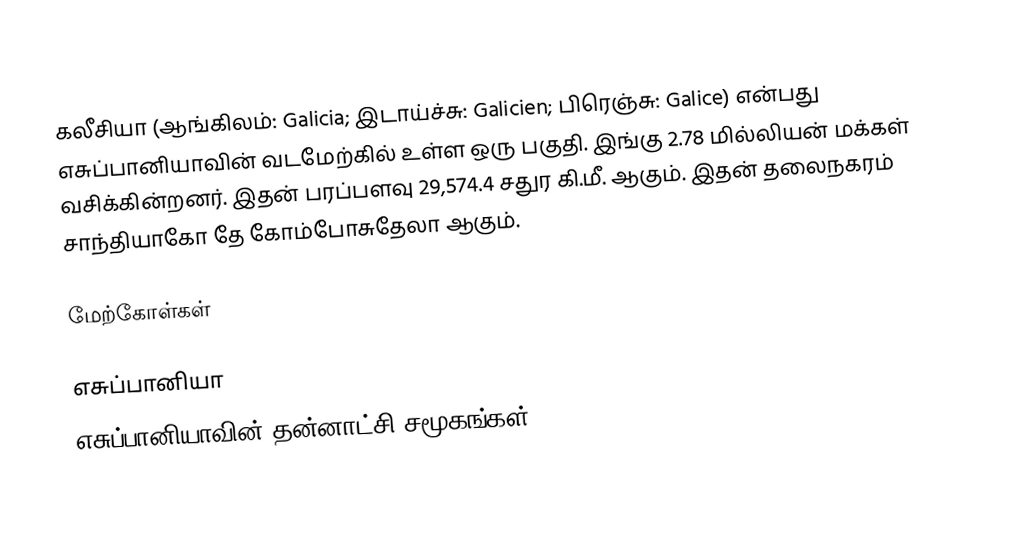
கலீசியா (ஆங்கிலம்: Galicia; இடாய்ச்சு: Galicien; பிரெஞ்சு: Galice) என்பது எசுப்பானியாவின் வடமேற்கில் உள்ள ஒரு பகுதி. இங்கு 2.78 மில்லியன் மக்கள் வசிக்கின்றனர். இதன் பரப்பளவு 29,574.4 சதுர கி.மீ. ஆகும். இதன் தலைநகரம் சாந்தியாகோ தே கோம்போசுதேலா ஆகும்.

மேற்கோள்கள்

எசுப்பானியா
எசுப்பானியாவின் தன்னாட்சி சமூகங்கள்